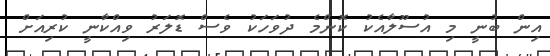
އިން ބުނީ މި އުސޫލާއެކު ކޮންމެ ދުވަހަކު ވެސް ޑޮލަރު ވިއްކާނީ ކުރިއަށް